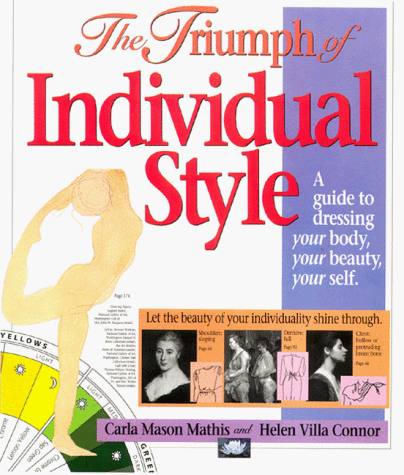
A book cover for The Triumph of Individual Style: A Guide to Dressing Your Body, Your Beauty, Your Self; Carla Mason Mathis; Health, Fitness & Dieting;